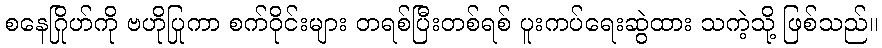
စနေဂြိုဟ်ကို ဗဟိုပြုကာ စက်ဝိုင်းများ တရစ်ပြီးတစ်ရစ် ပူးကပ်ရေးဆွဲထား သကဲ့သို့ ဖြစ်သည်။